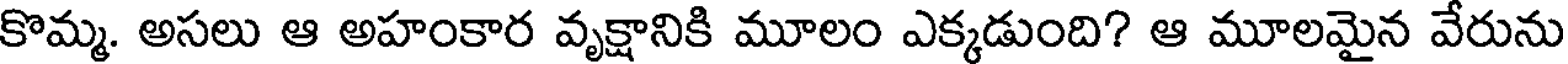
కొమ్మ. అసలు ఆ అహంకార వృక్షానికి మూలం ఎక్కడుంది? ఆ మూలమైన వేరును